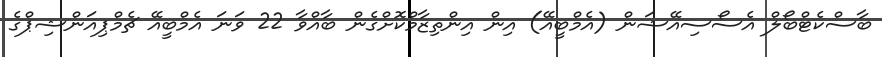
ބާސްކެޓްބޯލް އެސޯސިއޭޝަން (އެމްބީއޭ) އިން އިންތިޒާމްކޮށްގެން ބާއްވާ 22 ވަނަ އެމްބީއޭ ޗެމްޕިއަންޝިޕްގެ